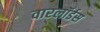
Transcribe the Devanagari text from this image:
वारलॉर्डस